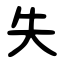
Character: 失